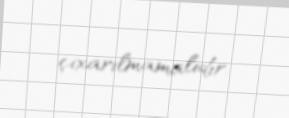
çıxarılmamalıdır.